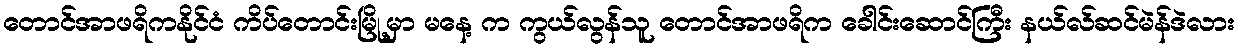
တောင်အာဖရိကနိုင်ငံ ကိပ်တောင်းမြို့မှာ မနေ့ က ကွယ်လွန်သူ တောင်အာဖရိက ခေါင်းဆောင်ကြီး နယ်လ်ဆင်မဲန်ဒဲလား